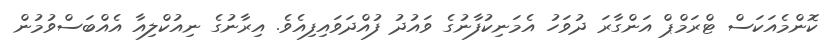
ކޮންމެއަކަސް ޓްރަމްޕް އަންގާރަ ދުވަހު އެމަނިކުފާނުގެ ވައުދު ފުއްދަވައިފިއެވެ. އިރާނުގެ ނިއުކްލިއާ އެއްބަސްވުމުން